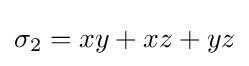
\sigma _{2}=xy+xz+yz